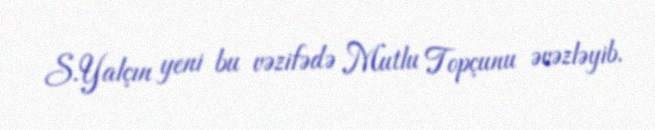
S.Yalçın yeni bu vəzifədə Mutlu Topçunu əvəzləyib.